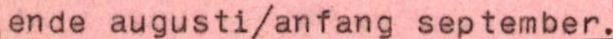
ende augusti/anfang september.